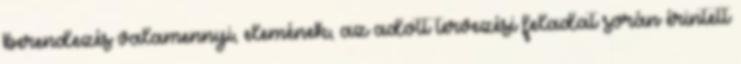
berendezés valamennyi, elemének, az adott tervezési feladat során érintett